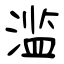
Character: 滥